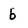
Character: b